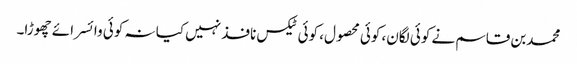
محمدبن قاسم نے کوئی لگان، کوئی محصول، کوئی ٹیکس نافذ نہیں کیا نہ کوئی وائسرائے چھوڑا۔